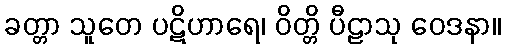
ခတ္တာ သူတေ ပဋိဟာရေ၊ ဝိတ္တိ ပီဠာသု ဝေဒနာ။